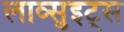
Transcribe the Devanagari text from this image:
लाव्सुइट्स